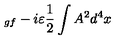
_ { g f } - i \varepsilon \frac { 1 } { 2 } \int A ^ { 2 } d ^ { 4 } x